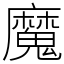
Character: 魔